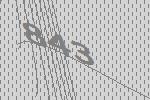
843